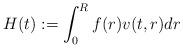
LaTeX: \begin{align*}H(t):=\int_{0}^{R}f(r)v(t,r)dr\end{align*}